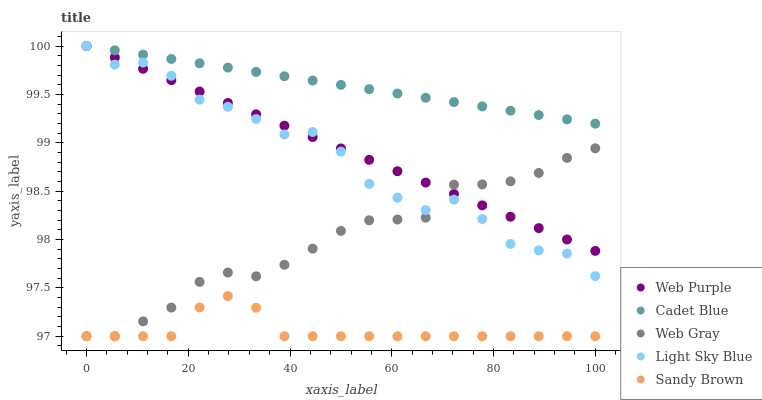
| xaxis_label | Web Purple | Cadet Blue | Web Gray | Light Sky Blue | Sandy Brown |
 | --- | --- | --- | --- | --- | --- |
 | 0 | 100 | 100 | 97 | 100 | 97 |
 | 5.56 | 99.9 | 100 | 97 | 99.8 | 97 |
 | 11.1 | 99.8 | 99.9 | 97.2 | 99.8 | 97 |
 | 16.7 | 99.6 | 99.9 | 97.3 | 99.7 | 97 |
 | 22.2 | 99.5 | 99.8 | 97.6 | 99.4 | 97.3 |
 | 27.8 | 99.4 | 99.8 | 97.7 | 99.4 | 97.4 |
 | 33.3 | 99.3 | 99.7 | 97.6 | 99.2 | 97.3 |
 | 38.9 | 99.2 | 99.7 | 97.7 | 99.1 | 97 |
 | 44.4 | 99.1 | 99.6 | 97.9 | 99.1 | 97 |
 | 50 | 98.9 | 99.6 | 98.1 | 98.9 | 97 |
 | 55.6 | 98.8 | 99.6 | 98.2 | 98.6 | 97 |
 | 61.1 | 98.7 | 99.5 | 98.2 | 98.4 | 97 |
 | 66.7 | 98.6 | 99.5 | 98.2 | 98.3 | 97 |
 | 72.2 | 98.5 | 99.4 | 98.6 | 98.4 | 97 |
 | 77.8 | 98.4 | 99.4 | 98.6 | 98.2 | 97 |
 | 83.3 | 98.2 | 99.3 | 98.6 | 98 | 97 |
 | 88.9 | 98.1 | 99.3 | 98.7 | 97.9 | 97 |
 | 94.4 | 98 | 99.2 | 98.8 | 97.9 | 97 |
 | 100 | 97.9 | 99.2 | 98.9 | 97.6 | 97 |